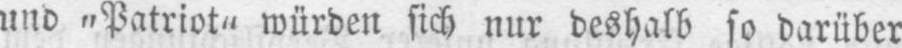
und „Patriot“ würden sich nur deshalb so darüber